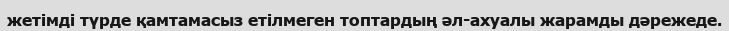
жетімді түрде қамтамасыз етілмеген топтардың әл-ахуалы жарамды дәрежеде.